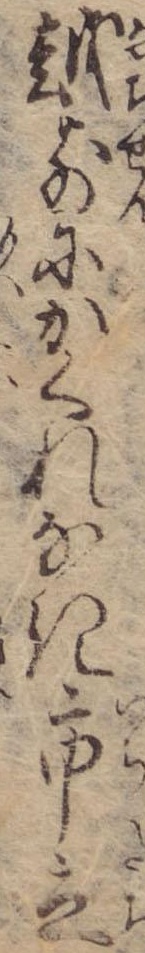
越前にかくれなき市立